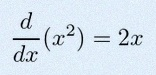
\frac{d}{dx}(x^2)=2x